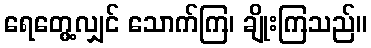
ရေတွေ့လျှင် သောက်ကြ၊ ချိုးကြသည်။